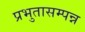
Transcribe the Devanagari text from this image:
प्रभुतासम्पन्न